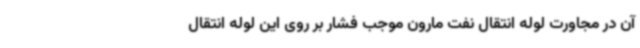
آن در مجاورت لوله انتقال نفت مارون موجب فشار بر روی این لوله انتقال